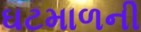
ઘટમાળની